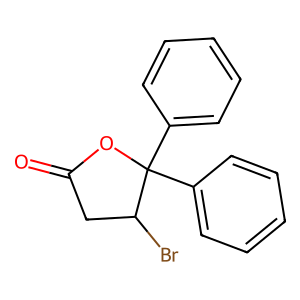
SMILES: O=C1CC(Br)C(c2ccccc2)(c2ccccc2)O1
Inhibits HIV replication: No